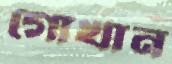
গোখান